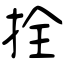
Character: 拴